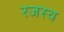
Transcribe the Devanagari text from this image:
रजस्व